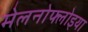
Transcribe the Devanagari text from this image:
मेलनोफ्लोइया